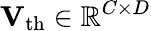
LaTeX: \mathbf{V}_{\mathrm{th}}\in\mathbb{R}^{C\times D}